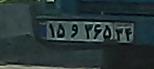
۱۵و۳۶۵۳۴